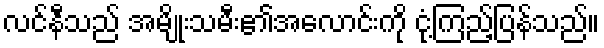
လင်နီသည် အမျိုးသမီး၏အလောင်းကို ငုံ့ကြည့်ပြန်သည်။